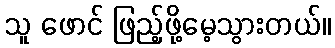
သူ ဖောင် ဖြည့်ဖို့မေ့သွားတယ်။